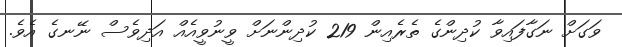
ވަގަށް ނަގާފައިވާ ކުދިންގެ ތެރެއިން 219 ކުދިންނަށް ވީނުވީއެއް އަދިވެސް ނޭނގެ އެވެ.